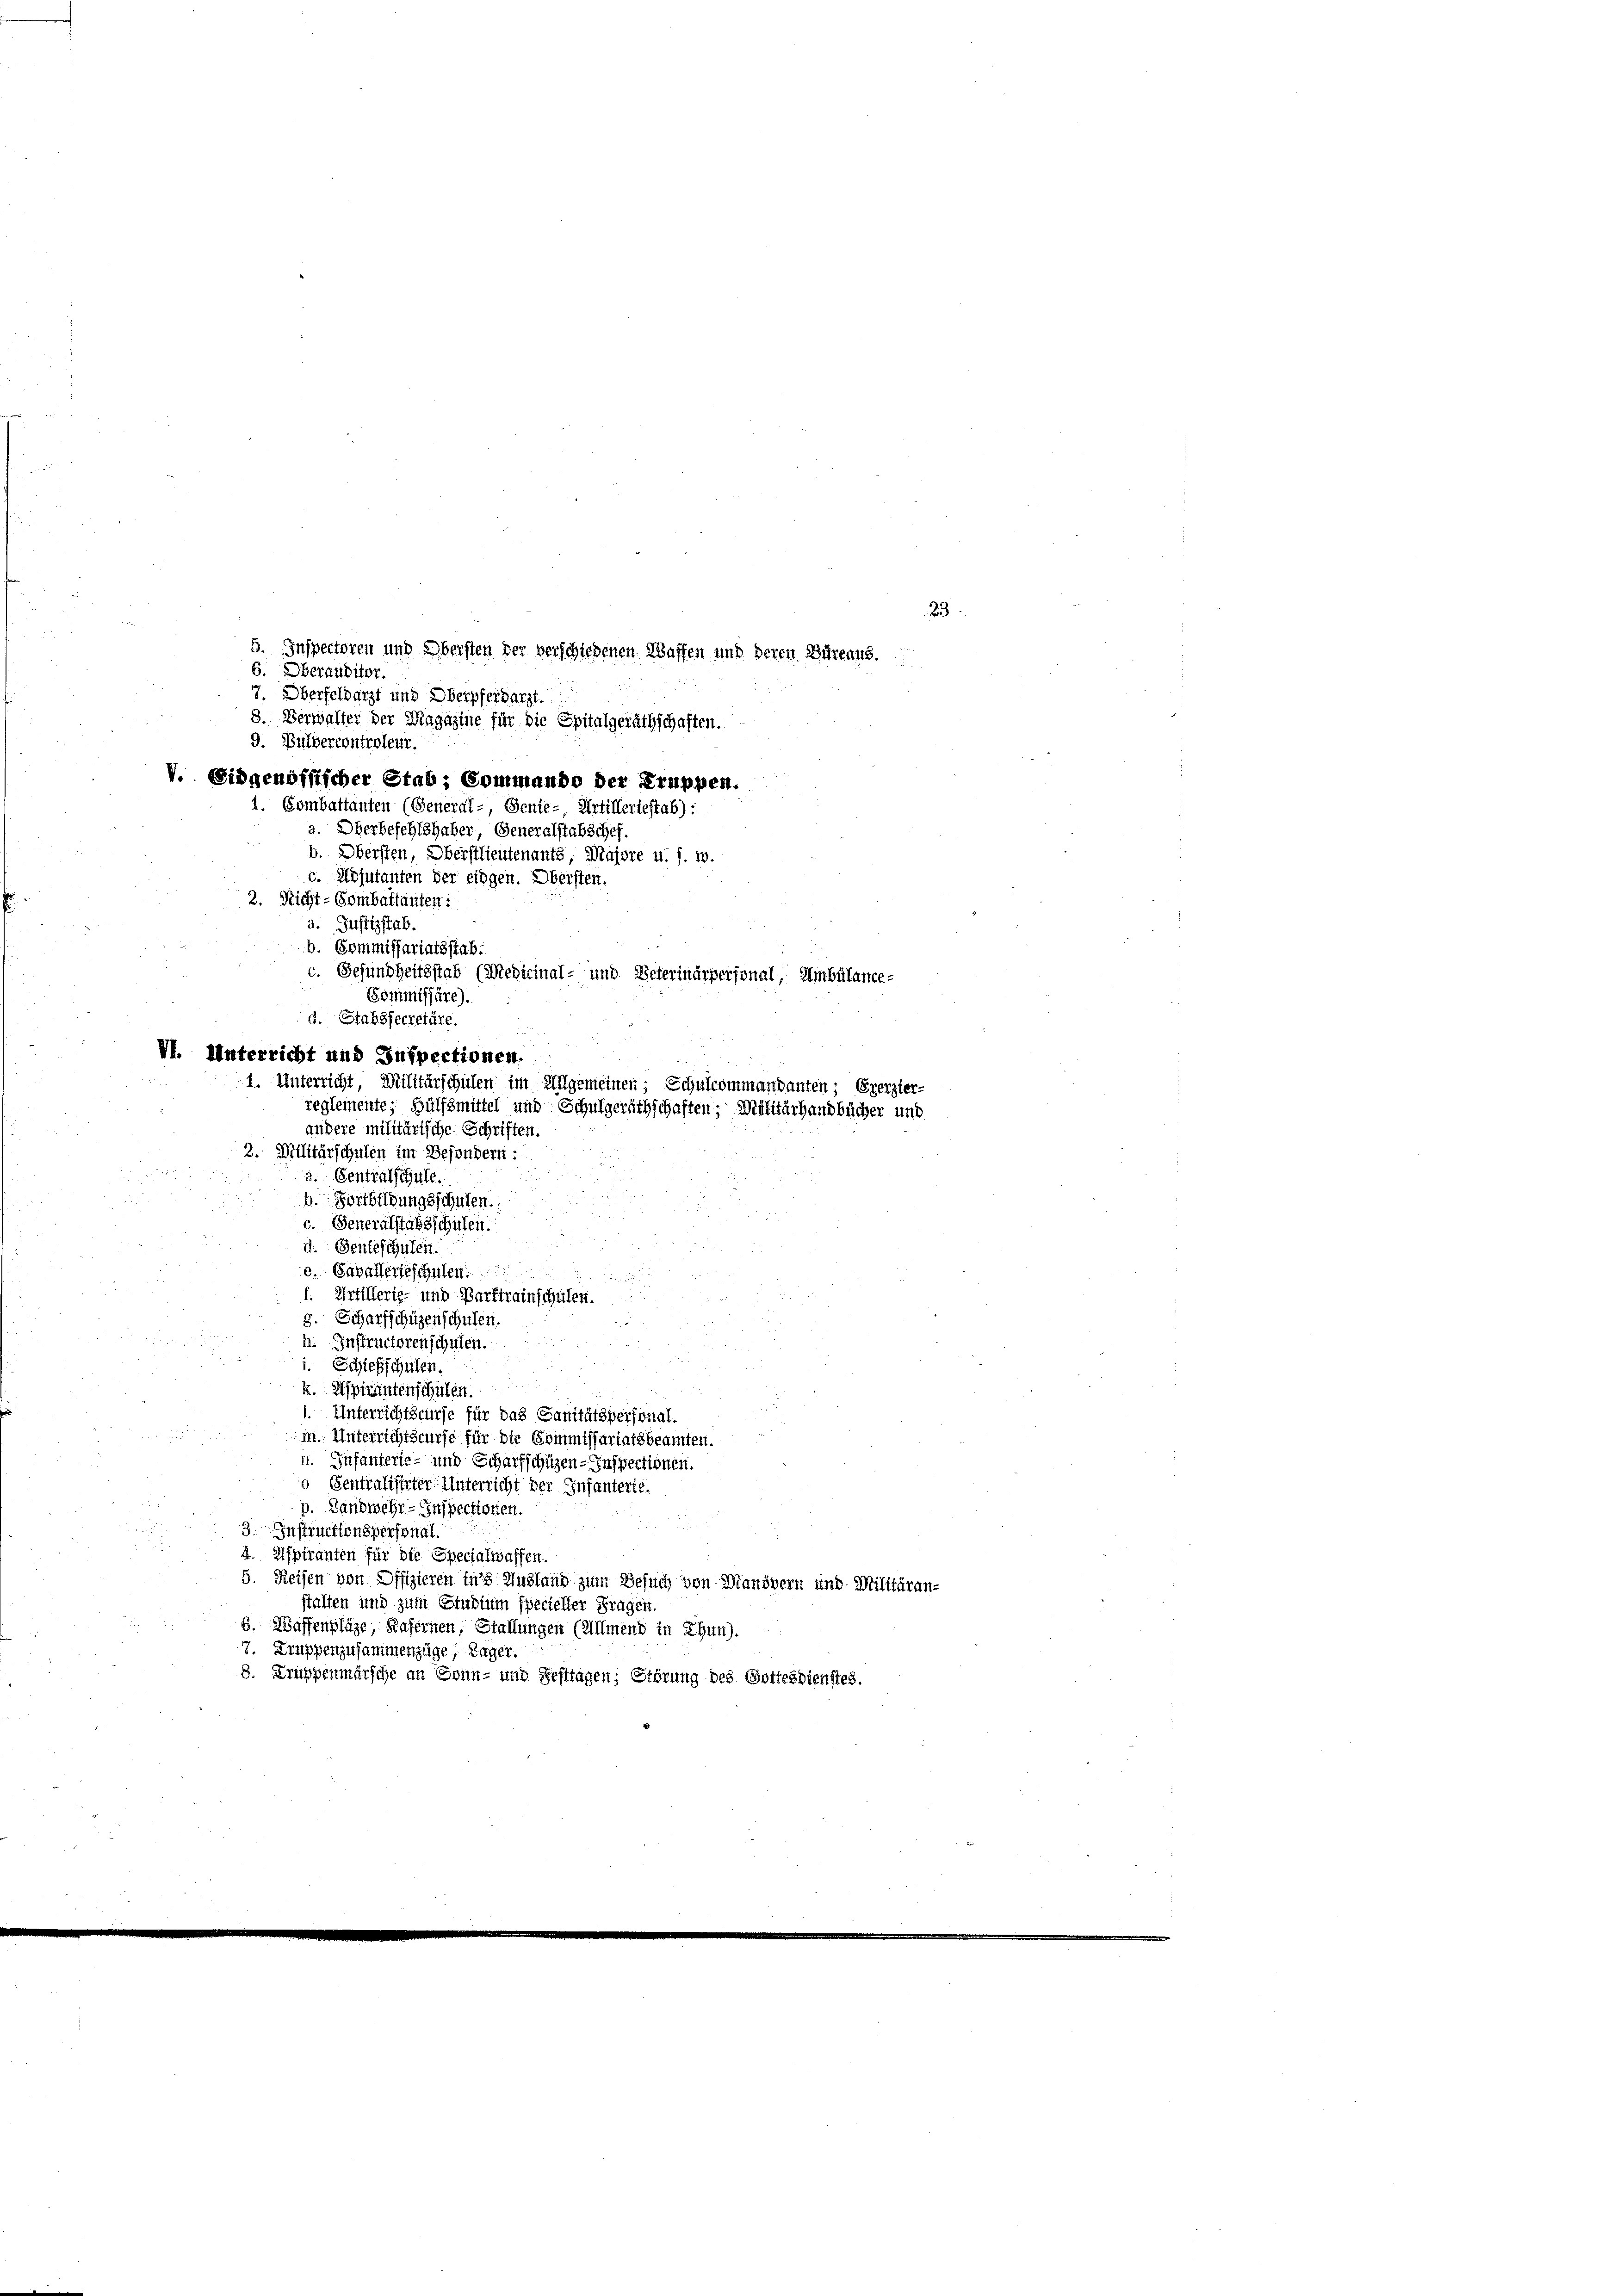
5. Inspectoren und Obersten der verschiedenen Waffen und deren Büreaus.
6. Oberauditor.
7. Oberfeldarzt und Oberpferbarzt.
8. Verwalter der Magazine für die Spitalgeräthschaften.
9. Pulvercontroleur.
V. Eidgenössischer Stab; Commando der Truppen.
1. Bombattanten (General- Sente- Artillertestab):
a. Oberbeschlehaber, Generalstabschef.
b. Obersten, Oberstlieutenants, Majore u. s. w.
c. Adjutanten der eidgen. Obersten.
2. Nicht-Gombaltanten:
a. Justizstab.
b. Commissariatsstab.
c. Gesundheitsstab (Medicinal- und Peterinärpersonal, Ambülance-
Gommissäre).
1. Unterricht, Militärschulen im Allgemeinen; Schulcommandanten; Exerzier-
reglemente, Hülfsmittel und Schulgeräthschaften; Militärhandbücher und
andere militärische Schriften.
2. Willitärschulen im Besondern:
3. Centralschule.
b. Fortbildungsschulen.

c. Generalstagsschulen.

d
4. Senteschulen.
e Cavallerieschulen
n
f. Artillerie- und Darstreinschulen.
s. Scharfschüzenschulen.
h. Instructorenschulen.
i. Schiefschulen.
k. Aspirantenschulen
.
1. Unterrichtscurse für das Sanitätspersonal-
in. Unterrichtscurfe für die Commissariatsbeamten.
1. Infanterie- und Scharfschüzen-Inspectionen.
o Sentralisirter Unterricht der Infanterie.
p. Landwehr-Inspectionen.
3. Instructionspersonal.
4. Aspiranten für die Specialwaffen.
5. Reisen von Offizieren ins Ausland zum Besuch von Manövern und Militäran-
stalten und zum Studium specieller Fragen:
6. Wassenpläge, Hafernen, Stallungen (Allmend in Chun).
7. Truppenzusammenzüge, Lager.
8. Kruppenmärsche an Sonn- und Festtagen; Störung des Gottesdienstes.

d. Stabzsecretäre.
VI. Unterricht und Inspectionen.

23